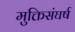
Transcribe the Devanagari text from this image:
मुक्तिसंघर्ष